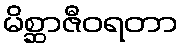
မိစ္ဆာဇီဝရတာ